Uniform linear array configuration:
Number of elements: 16
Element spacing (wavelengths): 0.75
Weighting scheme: blackman
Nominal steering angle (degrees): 45
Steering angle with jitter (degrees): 46.295
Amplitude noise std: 0.05
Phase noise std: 0.05

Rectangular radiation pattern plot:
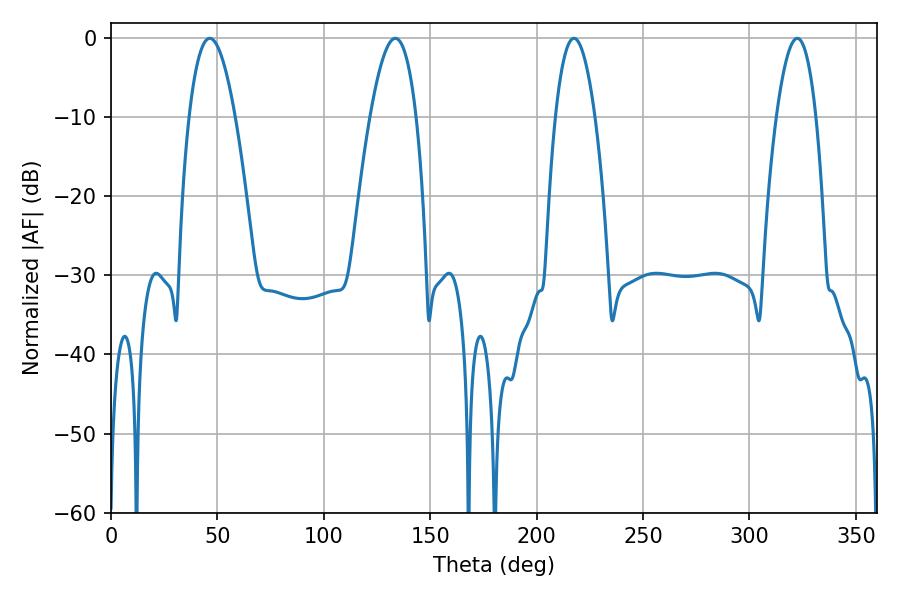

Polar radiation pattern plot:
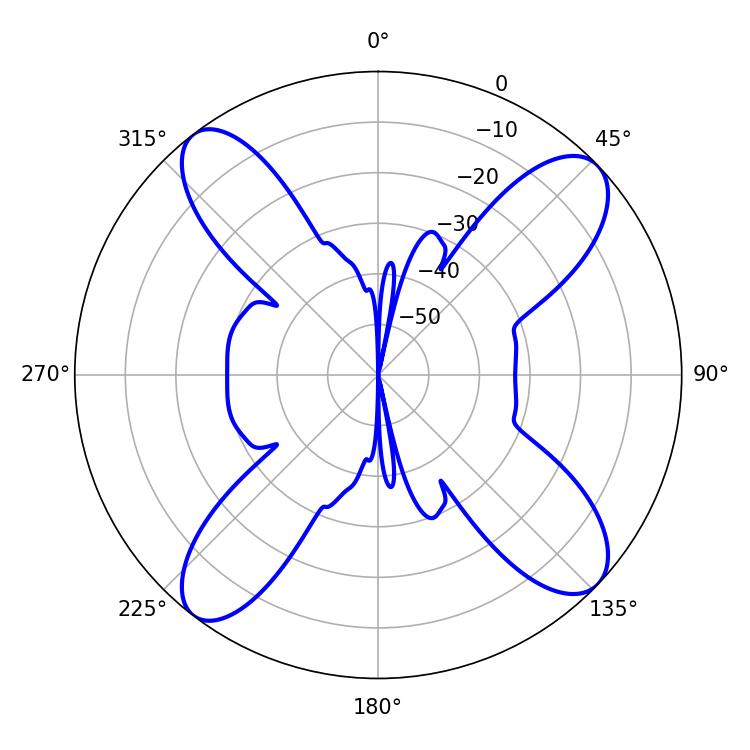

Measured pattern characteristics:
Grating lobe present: TRUE
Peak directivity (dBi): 13.476
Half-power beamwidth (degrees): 11.88
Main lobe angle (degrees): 46.44